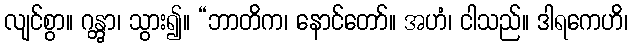
လျင်စွာ။ ဂန္တွာ၊ သွား၍။ “ဘာတိက၊ နောင်တော်။ အဟံ၊ ငါသည်။ ဒါရကေဟိ၊